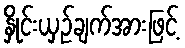
နှိုင်းယှဉ်ချက်အားဖြင့်